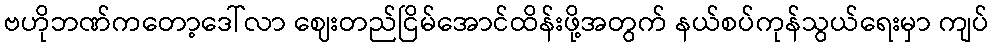
ဗဟိုဘဏ်ကတော့ဒေါ်လာ ဈေးတည်ငြိမ်အောင်ထိန်းဖို့အတွက် နယ်စပ်ကုန်သွယ်ရေးမှာ ကျပ်